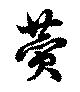
賛